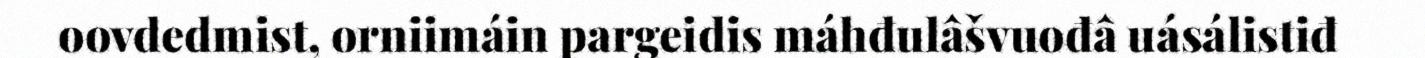
oovdedmist, orniimáin pargeidis máhđulâšvuođâ uásálistiđ